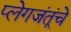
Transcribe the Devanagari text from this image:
प्लेगजंतूंचे